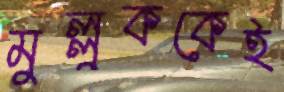
মুল্লুককেই